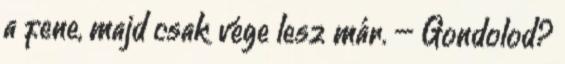
a fene, majd csak vége lesz már. – Gondolod?